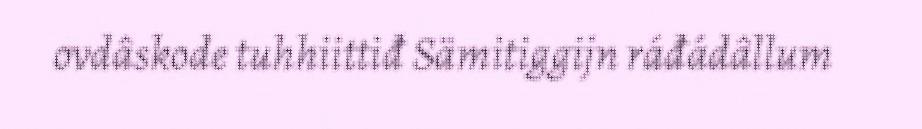
ovdâskode tuhhiittiđ Sämitiggijn ráđádâllum